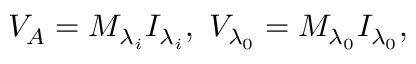
{ { V } _ { A } } = { { M } _ { { { \lambda } _ { i } } } } { { I } _ { { { \lambda } _ { i } } } } , \mathrm { ~ } { { V } _ { { { \lambda } _ { 0 } } } } = { { M } _ { { { \lambda } _ { 0 } } } } { { I } _ { { { \lambda } _ { 0 } } } } ,